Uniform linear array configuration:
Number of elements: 64
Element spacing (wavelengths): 1
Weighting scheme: hamming
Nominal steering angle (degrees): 30
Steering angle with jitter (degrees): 30.601
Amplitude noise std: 0.05
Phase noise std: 0.05

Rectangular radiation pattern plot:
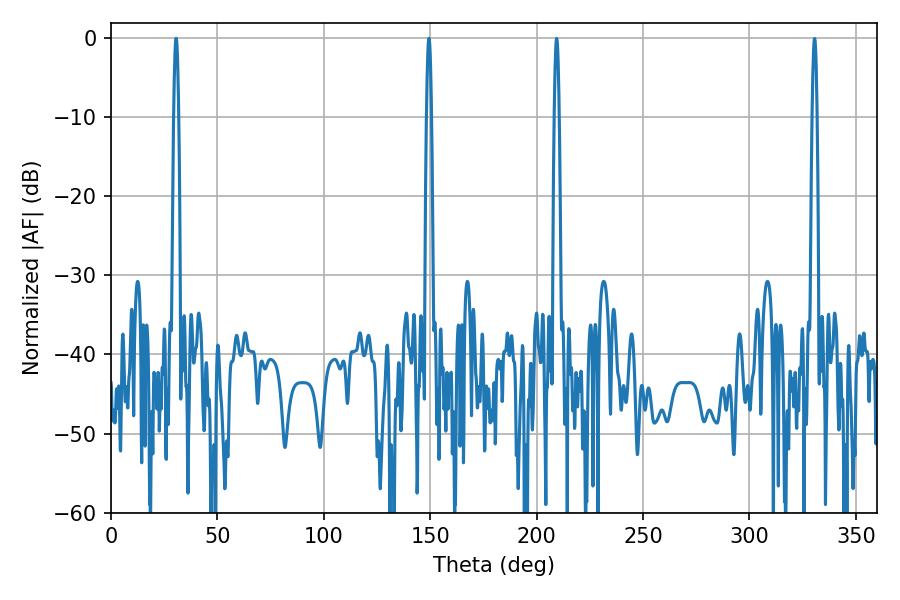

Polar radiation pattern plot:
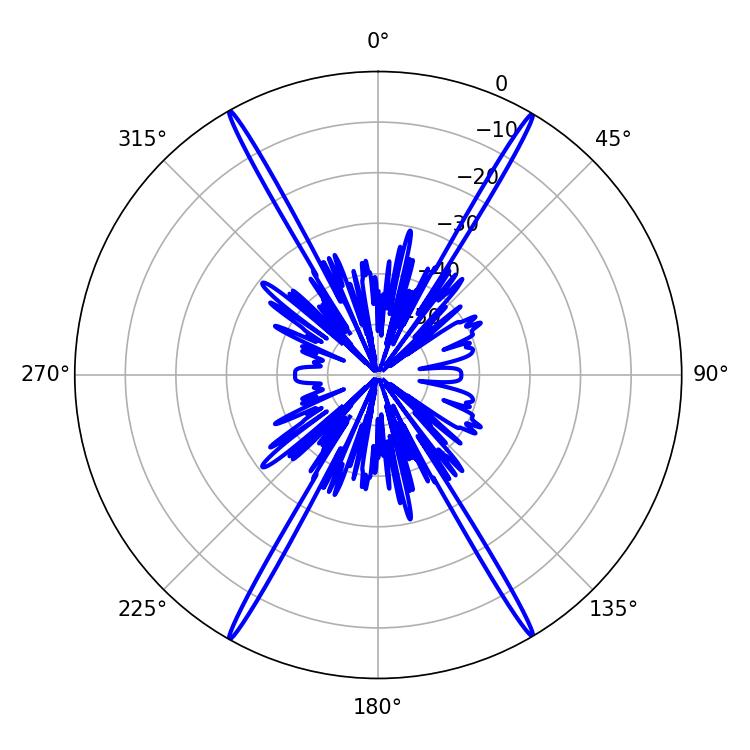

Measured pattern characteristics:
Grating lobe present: TRUE
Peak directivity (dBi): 32.293
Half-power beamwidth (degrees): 1.08
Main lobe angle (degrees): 30.6